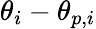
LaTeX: \theta_{i}-\theta_{p,i}